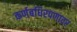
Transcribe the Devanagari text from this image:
कर्णबधिरपणावर